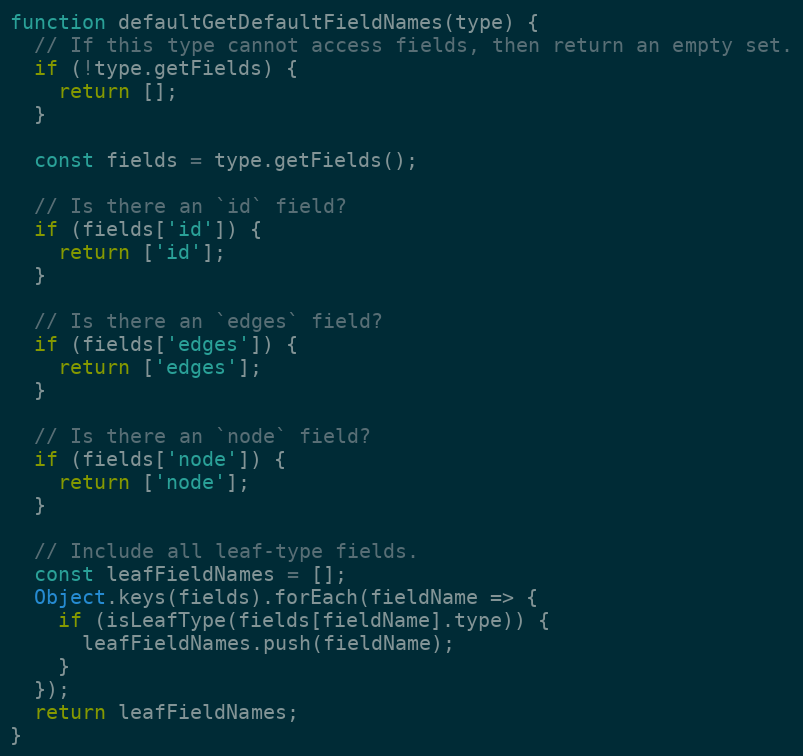
Language: JavaScript
function defaultGetDefaultFieldNames(type) {
  // If this type cannot access fields, then return an empty set.
  if (!type.getFields) {
    return [];
  }

  const fields = type.getFields();

  // Is there an `id` field?
  if (fields['id']) {
    return ['id'];
  }

  // Is there an `edges` field?
  if (fields['edges']) {
    return ['edges'];
  }

  // Is there an `node` field?
  if (fields['node']) {
    return ['node'];
  }

  // Include all leaf-type fields.
  const leafFieldNames = [];
  Object.keys(fields).forEach(fieldName => {
    if (isLeafType(fields[fieldName].type)) {
      leafFieldNames.push(fieldName);
    }
  });
  return leafFieldNames;
}